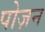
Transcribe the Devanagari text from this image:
पोज़न